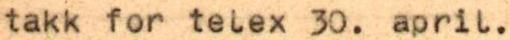
takk for telex 30. april.